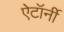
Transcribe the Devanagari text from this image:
ऐटॉर्नी